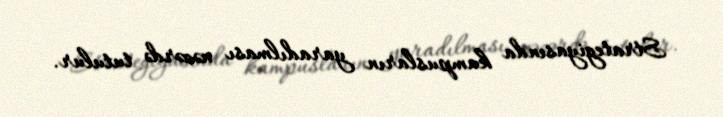
Strategiyasında kampusların yaradılması nəzərdə tutulur.